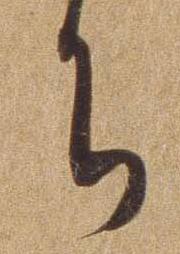
ち